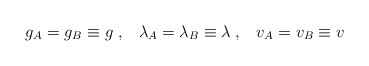
\begin{align*}g_A = g_B \equiv g \; , \;\;\; \lambda_A = \lambda_B \equiv \lambda \; , \;\;\; v_A = v_B \equiv v\end{align*}